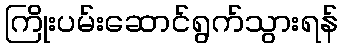
ကြိုးပမ်းဆောင်ရွက်သွားရန်